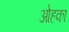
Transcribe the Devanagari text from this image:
ओहका